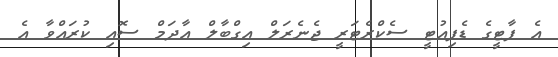
އެ ޕާޓީގެ ޑެޕިއުޓީ ސެކްރެޓަރީ ޖެނެރަލް އިގްބާލް އާދަމް ސޮއި ކުރައްވާ އެ